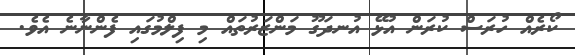
ކޯރެއް ހުރަސް ކުރަން އުޅޭ އުނދަގޫ މަންޒަރުތައް މި ފިލްމުގައި ފެންނާނެ އެވެ.